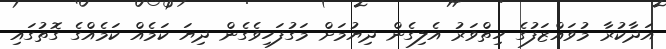
އަދާކުރާ މުވައްޒަފުގެ ހިތްވަރު އެލިގެން ދިޔުމަށް މަގުފަހިވެގެން ދިޔަ ކަމެއް ކަމެއްގެ ގޮތުގައި